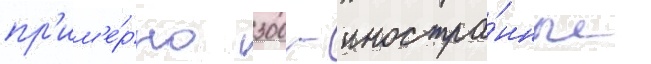
пр'им'е́рно 300 - иностра́нные